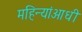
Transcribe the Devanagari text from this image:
महिन्यांआधी